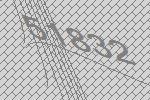
51832